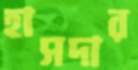
হাসদার